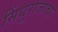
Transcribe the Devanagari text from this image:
सिंधूराजाचा